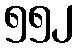
၅၅၂